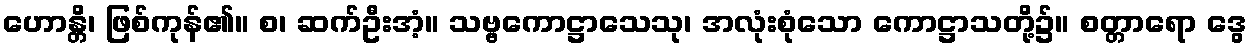
ဟောန္တိ၊ ဖြစ်ကုန်၏။ စ၊ ဆက်ဦးအံ့။ သဗ္ဗကောဋ္ဌာသေသု၊ အလုံးစုံသော ကောဋ္ဌာသတို့၌။ စတ္တာရော ဒွေ